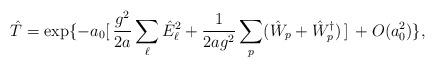
LaTeX: \begin{align*}\hat{T} =\exp \{ -a_0 [ \, \frac{g^2}{2a} \sum_\ell \hat{E}_\ell^2+ \frac{1}{2ag^2} \sum_p (\hat{W}_p+\hat{W}_p^\dagger) \, ] \, + O(a_0^2) \} ,\end{align*}